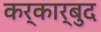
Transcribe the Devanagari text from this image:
कर्कार्बुद